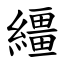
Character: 繮